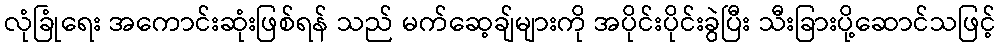
လုံခြုံရေး အကောင်းဆုံးဖြစ်ရန် သည် မက်ဆေ့ချ်များကို အပိုင်းပိုင်းခွဲပြီး သီးခြားပို့ဆောင်သဖြင့်